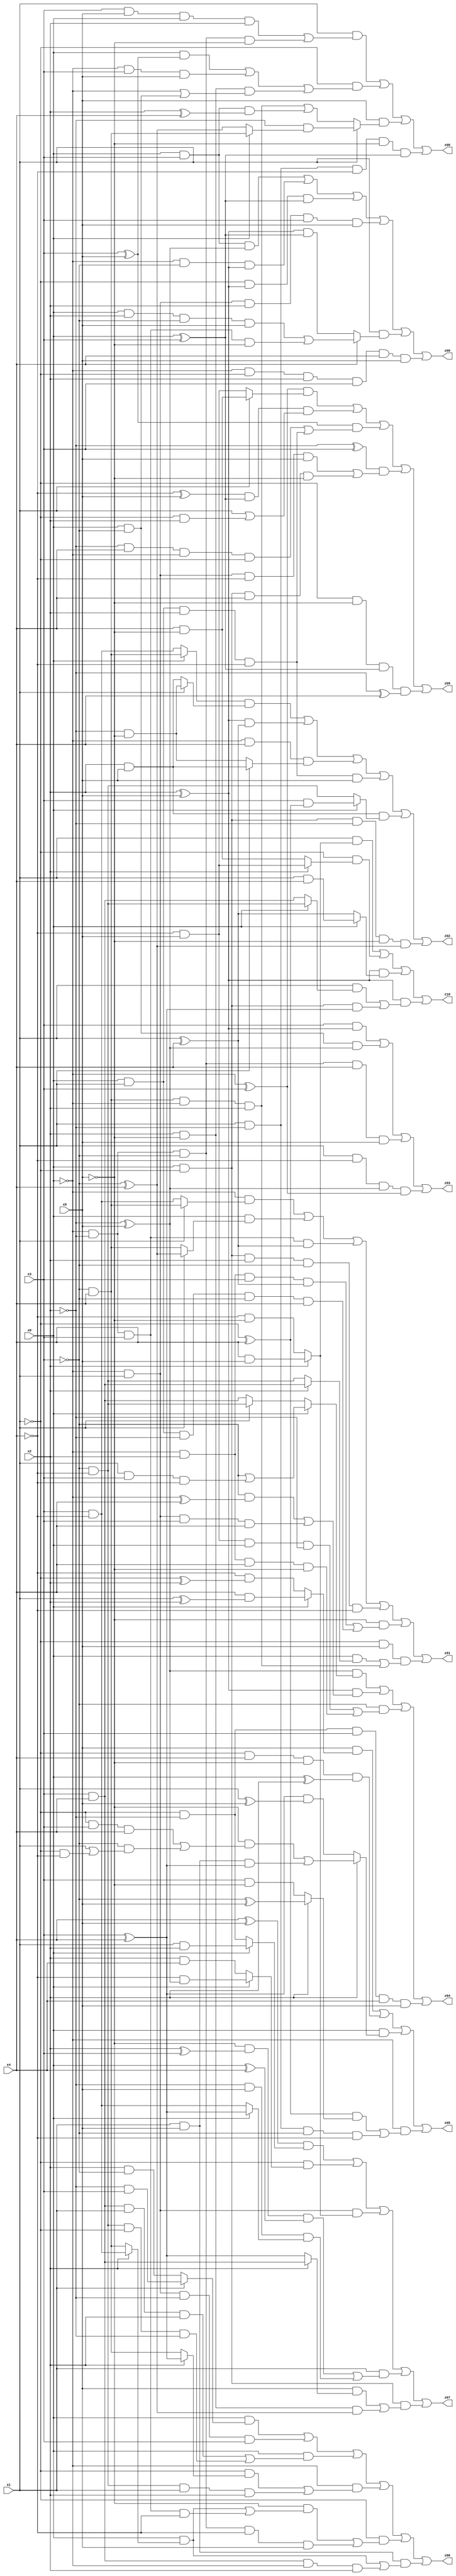
// Benchmark "X_15" written by ABC on Sat Jun 03 18:34:22 2023

module X_15 ( 
    x0, x1, x2, x3, x4, x5,
    z00, z01, z02, z03, z04, z05, z06, z07, z08, z09, z10  );
  input  x0, x1, x2, x3, x4, x5;
  output z00, z01, z02, z03, z04, z05, z06, z07, z08, z09, z10;
  assign z00 = (x0 & x3 & (~x2 ^ x5)) | (~x0 & ~x3 & (x2 ^ x5)) | (~x1 & (x2 ^ x5) & (x0 ^ x3)) | (~x0 & x1 & x2 & x3 & x5) | (x1 & (x4 ? ((x0 & x2 & ~x3 & x5) | (~x0 & ~x2 & x3 & ~x5)) : ((x2 ^ x5) & (x0 ^ x3)))) | (~x0 & ~x1 & x2 & x3 & x4 & x5);
  assign z01 = (~x0 & (x1 ? (~x3 & x4) : (x3 & ~x4))) | (x0 & (x1 ? (~x3 ^ x4) : (~x3 & x4))) | (~x0 & ~x2 & x3 & (x1 ^ x4)) | (x0 & ~x1 & x2 & ~x3 & ~x4) | (~x5 & ((~x0 & x2 & x3 & (x1 ^ x4)) | (x0 & x1 & ~x2 & ~x3 & x4))) | (~x1 & x5 & ((x0 & (x2 ? (x3 & x4) : (~x3 & ~x4))) | (~x3 & x4 & ~x0 & x2)));
  assign z02 = ((x0 ? (~x3 & x4) : (x3 & ~x4)) & (x1 ? (~x2 & ~x5) : (x2 & x5))) | ((x2 ^ x5) & (x1 ^ x4)) | (~x0 & x4 & (x1 ? (x2 & x5) : (~x2 & ~x5))) | (x0 & x1 & x2 & ~x4 & x5) | (x2 & x5 & (x0 ? (x3 & (~x1 ^ x4)) : (~x3 & ~x4))) | (x0 & ~x1 & ~x2 & ~x5 & (~x3 ^ x4));
  assign z03 = (x3 & (x2 ^ x5)) | (x0 & ~x3 & (~x2 ^ x5)) | (~x0 & ~x2 & ~x3 & x4 & x5) | (x1 & ~x4 & (~x2 ^ x5) & (~x0 ^ x3));
  assign z04 = ((~x2 ^ x5) & (x0 ? (~x3 | (x1 & x3 & ~x4)) : (x1 ? (~x3 & ~x4) : (x3 & x4)))) | ((x2 ^ x5) & ((~x3 & (~x0 ^ x4)) | (~x0 & x1 & x3 & x4))) | (~x3 & ((~x4 & x5 & x0 & ~x2) | (~x0 & x2 & x4 & ~x5))) | (~x1 & ~x2 & x3 & x4 & x5);
  assign z05 = (x5 & (x0 ? (x4 & (x1 ^ x2)) : (~x4 & (~x1 ^ x2)))) | (~x1 & x4 & ~x5 & (x0 ^ x2)) | (x0 & (x2 ? ((~x5 & ((~x1 & x3 & x4) | (~x3 & (x1 | (~x1 & ~x4))))) | (x1 & x5 & (x3 ^ x4))) : ((x3 ^ x4) & (x1 ^ x5)))) | (~x0 & (((~x1 ^ x4) & (x2 ? (~x3 ^ x5) : (x3 & ~x5))) | (x1 & ~x2 & ~x3 & ~x4)));
  assign z06 = (x0 & (x1 ? (~x2 & x3) : (x2 & ~x3))) | (~x0 & x1 & ~x2 & x3) | (x0 & ((x3 & x4 & x1 & x2) | (~x3 & ~x4 & ~x1 & ~x2))) | (~x0 & ((~x1 & (x2 ? (x3 ^ x4) : (~x3 & x4))) | (~x3 & ~x4 & x1 & x2))) | (~x1 & ((~x5 & ((x0 & (x2 ? (x3 & ~x4) : (~x3 & x4))) | (~x0 & ~x2 & x3 & ~x4))) | (~x0 & ~x2 & ~x3 & ~x4 & x5))) | (x1 & x5 & ((x0 & (x2 ? (x3 & ~x4) : (~x3 & x4))) | (x3 & x4 & ~x0 & x2)));
  assign z07 = ((x4 ^ x5) & (x0 ? (x1 & x2) : (~x1 & ~x2))) | (~x1 & (x0 ? (~x4 & (~x2 ^ x5)) : (x2 & x4))) | (~x0 & x1 & (x2 ? (x4 & x5) : (~x4 & ~x5))) | (x1 & ((~x5 & (x2 ^ x3) & (x0 ^ x4)) | (~x2 & x5 & (x0 ? (x3 ^ x4) : (x3 & ~x4))))) | (x0 & ~x1 & ((x5 & (x2 ? (x3 & x4) : (x3 ^ x4))) | (x2 & ~x5 & (~x3 ^ x4))));
  assign z08 = (x1 & ((x3 & x5 & x0 & x2) | (~x0 & ~x2 & ~x3 & ~x5))) | (~x1 & ((x0 & (x3 ^ x5)) | (~x0 & x3 & x5) | (x2 & ~x5 & (~x0 | (x0 & ~x3))))) | (x5 & (x1 ? (~x2 & (x0 ? (~x3 & x4) : (~x3 ^ x4))) : ((~x3 & x4 & ~x0 & x2) | (x0 & x3 & (x2 ^ x4))))) | (x1 & ~x2 & ~x4 & ~x5 & (x0 ^ x3));
  assign z09 = ((~x0 ^ x3) & (x1 ? (x4 & ~x5) : (~x4 & x5))) | ((~x4 ^ x5) & (x0 ^ x3) & (x1 | (~x1 & x2))) | ((x3 ^ x5) & ((~x2 & x4 & ~x0 & ~x1) | (x0 & x1 & x2 & ~x4))) | ((~x2 ^ x3) & ((~x0 & x1 & ~x4 & x5) | (x0 & ~x1 & x4 & ~x5))) | (~x1 & ~x5 & (x0 ^ x3) & (~x2 ^ x4));
  assign z10 = (x1 & (x2 ? (x4 & x5) : (~x4 & ~x5))) | (~x1 & (x2 ? (~x4 & x5) : (x4 & ~x5))) | ((x2 ^ x5) & (x0 ? (x1 & x4) : (x1 ^ x4))) | ((x2 ^ x5) & ((x1 & (x0 ? (~x3 & ~x4) : (x3 & x4))) | (x0 & ~x1 & (x3 ^ x4))));
endmodule